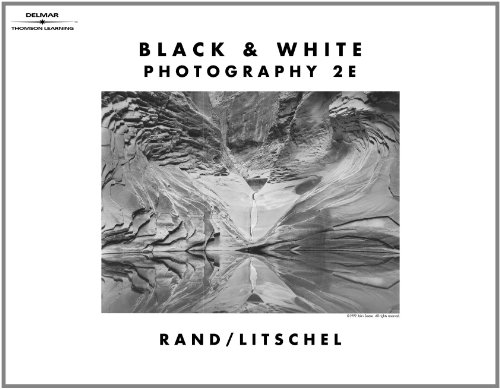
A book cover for Black & White Photography (Black and White Photography); Glenn M. Rand; Arts & Photography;